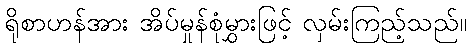
ရိုစာဟန်အား အိပ်မှုန်စုံမွှားဖြင့် လှမ်းကြည့်သည်။